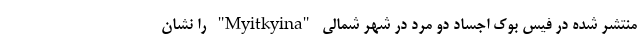
منتشر شده در فیس بوک اجساد دو مرد در شهر شمالی "Myitkyina" را نشان